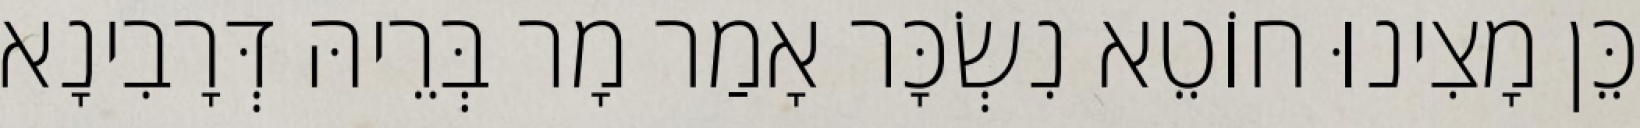
כֵּן מָצִינוּ חוֹטֵא נִשְׂכָּר אָמַר מָר בְּרֵיהּ דְּרָבִינָא